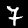
Digit: 7